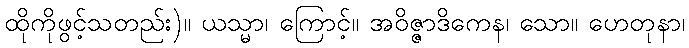
ထိုကိုဖွင့်သတည်း)။ ယသ္မာ၊ ကြောင့်။ အဝိဇ္ဇာဒိကေန၊ သော။ ဟေတုနာ၊